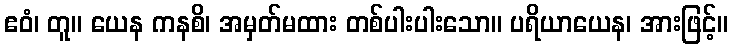
ဧဝံ၊ တူ။ ယေန ကနစိ၊ အမှတ်မထား တစ်ပါးပါးသော။ ပရိယာယေန၊ အားဖြင့်။